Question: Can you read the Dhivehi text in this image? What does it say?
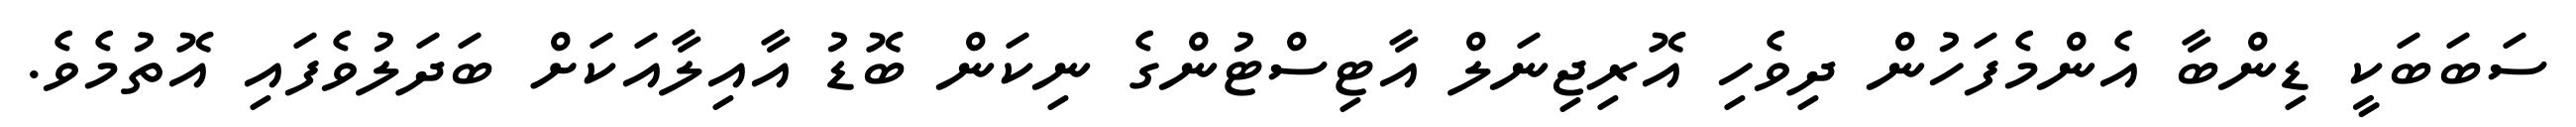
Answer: ސަބަބަކީ ޑިންބާ އެންމެފަހުން ދިވެހި އޮރިޖިނަލް އާޓިސްޓުންގެ ނިކަން ބޮޑު އާއިލާއަކަށް ބަދަލުވެފައި އޮތުމެވެ.